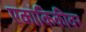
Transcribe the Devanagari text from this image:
एकांकिकीवर